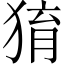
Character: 𤟂